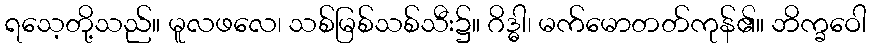
ရသေ့တို့သည်။ မူလဖလေ၊ သစ်မြစ်သစ်သီး၌။ ဂိဒ္ဓါ၊ မက်မောတတ်ကုန်၏။ ဘိက္ခဝေါ